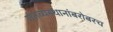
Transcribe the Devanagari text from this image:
गंतव्यस्थानांबरोबरच